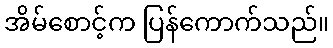
အိမ်စောင့်က ပြန်ကောက်သည်။